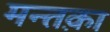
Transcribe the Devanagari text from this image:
मन्तक़ा